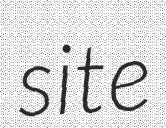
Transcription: site